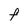
Character: F